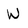
Character: W